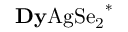
\mathrm { { \bf D y } A g S e _ { 2 } } ^ { * }